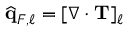
\widehat { \mathbf { q } } _ { F , \ell } = [ \nabla \cdot \mathbf { T } ] _ { \ell }